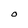
Character: O